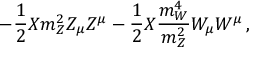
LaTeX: - \frac { 1 } { 2 } X m _ { Z } ^ { 2 } Z _ { \mu } Z ^ { \mu } - \frac { 1 } { 2 } X \frac { m _ { W } ^ { 4 } } { m _ { Z } ^ { 2 } } W _ { \mu } W ^ { \mu } \, ,